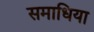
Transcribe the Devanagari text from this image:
समाधिया